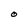
Character: O